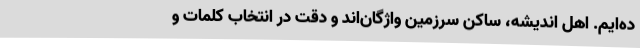
ده‌ایم. اهل اندیشه، ساکن سرزمین واژگان‌اند و دقت در انتخاب کلمات و